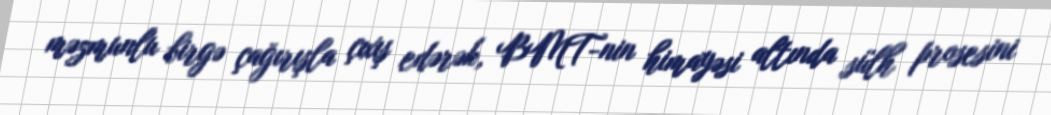
məzmunlu birgə çağırışla çıxış edərək, BMT-nin himayəsi altında sülh prosesini